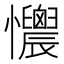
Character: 𢥯